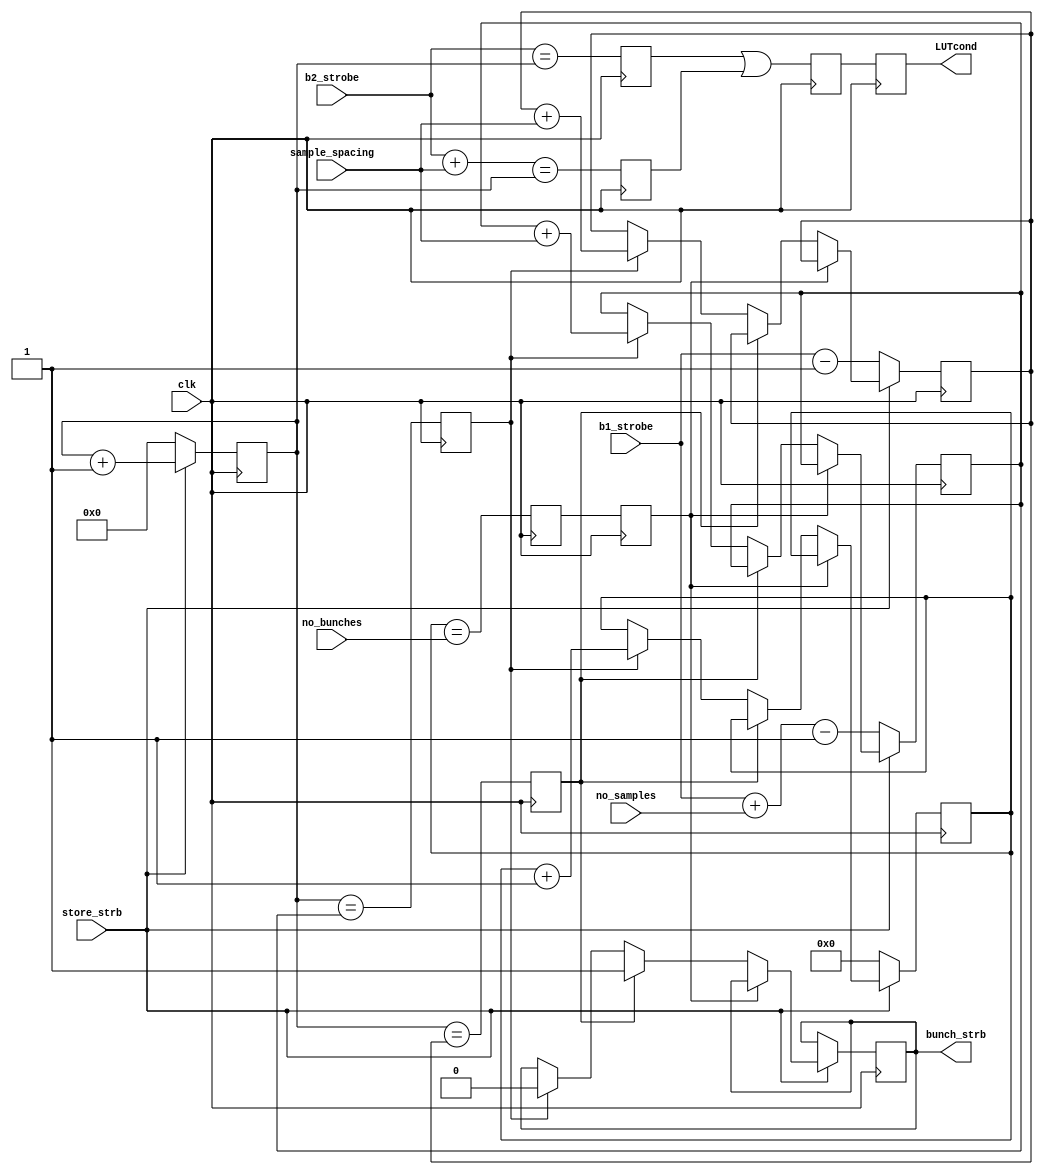
`timescale 1ns / 1ps
//////////////////////////////////////////////////////////////////////////////////
// Company: 
// Engineer: 
// 
// Design Name: 
// Module Name:    Timing 
// Project Name: 
// Target Devices: 
// Tool versions: 
// Description: 
//
// Dependencies: 
//
// Revision: 
// Revision 0.01 - File Created
// Additional Comments: 
//
//////////////////////////////////////////////////////////////////////////////////
module Timing(
		output reg bunch_strb,
		input store_strb,
		input clk,
		input [7:0] b1_strobe,
		input [7:0] b2_strobe,
		input [1:0] no_bunches,
		input [3:0] no_samples,
		input [7:0] sample_spacing,
		output reg LUTcond
		
    );


//parameter no_bunches=2;       
//parameter no_samples=1; 
//parameter sample_spacing=100;  // Number of samples between consecutive bunches

reg [4:0] bunch_counter=0;
initial bunch_strb=0;
(* equivalent_register_removal = "no"*) reg [7:0] i;
reg [7:0] start_bunch_strb=0;
reg [7:0] end_bunch_strb=0;
//reg LUTcond;


// ***** Generate bunch strobe *****
reg strbA = 1'b0, strbB = 1'b0, strbC = 1'b0;//, strbD =1'b0;

always @ (posedge clk) begin
strbA <= (b2_strobe==i);
strbB <= (b2_strobe+sample_spacing==i);
strbC <= (strbA || strbB);
//strbD <= strbC;
LUTcond <= strbC;
//LUTcond<=i==b2_strobe+3|| i== b2_strobe+sample_spacing+3;
if (store_strb) begin
i<=i+1;
end
else i<=0;
end


reg cond1,cond1_a, cond2, cond3;

always @ (posedge clk) begin
cond1_a<=bunch_counter==no_bunches; // If haven't exceeded number of bunches
cond1<=cond1_a;     
cond2<=i==start_bunch_strb;   // To send bunch strobe high
cond3<=i==end_bunch_strb;     // To send bunch strobe low

if (~store_strb) begin
bunch_counter<=0;
start_bunch_strb<=b1_strobe-1;
end_bunch_strb<=b1_strobe+no_samples-1; // Bunch strobe stays high for no_samples samples
end
else if (cond1) begin
end
else begin
if (cond2) bunch_strb<=1;
else if (cond3) begin
	bunch_strb<=0;
	bunch_counter<=bunch_counter+1;
	start_bunch_strb<=start_bunch_strb+sample_spacing;  // Calculate sample numbers for next bunch
	end_bunch_strb<=end_bunch_strb+sample_spacing;      // Calculate sample numbers for next bunch
end
end
end





endmodule